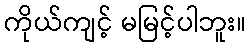
ကိုယ်ကျင့် မမြင့်ပါဘူး။